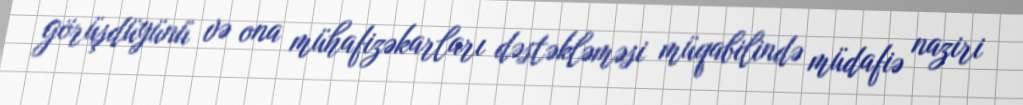
görüşdüyünü və ona mühafizəkarları dəstəkləməsi müqabilində müdafiə naziri